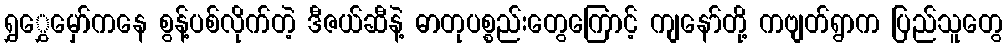
ရွှွှေမှော်ကနေ စွန့်ပစ်လိုက်တဲ့ ဒီဇယ်ဆီနဲ့ ဓာတုပစ္စည်းတွေကြောင့် ကျနော်တို့ ကဗျတ်ရွာက ပြည်သူတွေ